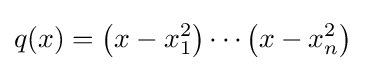
q(x)=\left(x-x_{1}^{2}\right)\cdots \left(x-x_{n}^{2}\right)